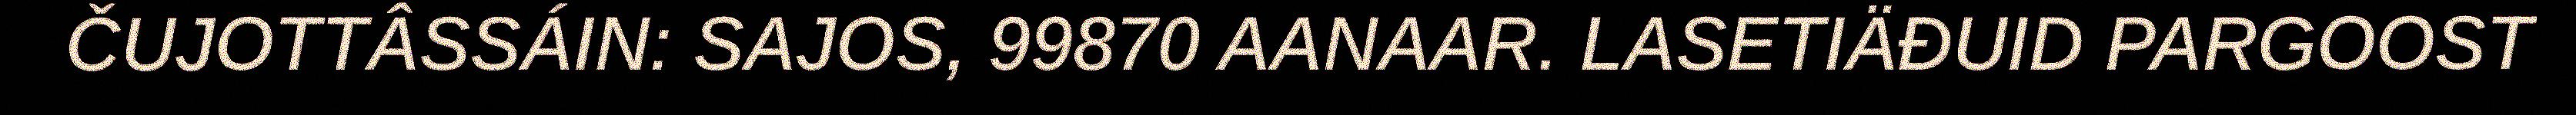
ČUJOTTÂSSÁIN: SAJOS, 99870 AANAAR. LASETIÄĐUID PARGOOST